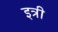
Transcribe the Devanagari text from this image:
इत्री